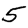
Digit: 5